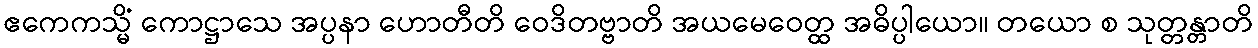
ဧကေကသ္မိံ ကောဋ္ဌာသေ အပ္ပနာ ဟောတီတိ ဝေဒိတဗ္ဗာတိ အယမေဝေတ္ထ အဓိပ္ပါယော။ တယော စ သုတ္တန္တာတိ